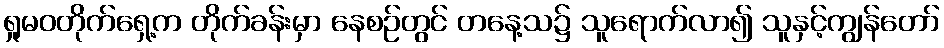
ရှုမဝတိုက်ရှေ့က တိုက်ခန်းမှာ နေစဉ်တွင် တနေ့သ၌ သူရောက်လာ၍ သူနှင့်ကျွန်တော်